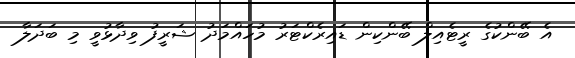
އެ ބޭންކުގެ ރީޓެއިލް ބޭންކިން ޑައިރެކްޓަރު މުހައްމަދު ޝަރީފު ވިދާޅުވީ މި ބަދަލާ